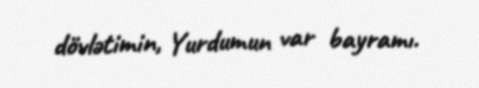
dövlətimin, Yurdumun var bayramı.